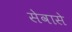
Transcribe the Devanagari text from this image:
सेवासे